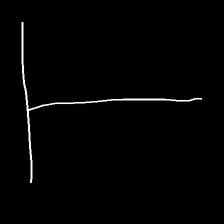
Glyph: column